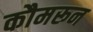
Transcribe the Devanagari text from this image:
कौमरून